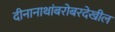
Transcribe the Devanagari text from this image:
दीनानाथांबरोबरदेखील